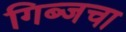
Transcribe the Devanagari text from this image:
गिब्जचा